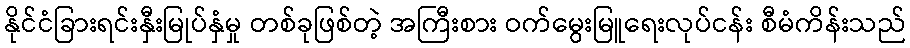
နိုင်ငံခြားရင်းနှီးမြုပ်နှံမှု တစ်ခုဖြစ်တဲ့ အကြီးစား ဝက်မွေးမြူရေးလုပ်ငန်း စီမံကိန်းသည်